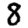
Digit: 8